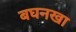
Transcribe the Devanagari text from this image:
बघनखा